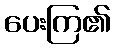
ပေးကြ၏